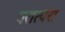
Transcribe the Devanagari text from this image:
परात्परा